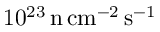
1 0 ^ { 2 3 } \, \mathrm { n \, c m ^ { - 2 } \, s ^ { - 1 } }